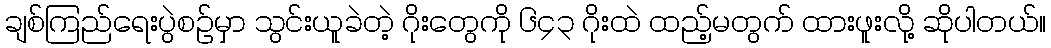
ချစ်ကြည်ရေးပွဲစဉ်မှာ သွင်းယူခဲတဲ့ ဂိုးတွေကို ၆၄၃ ဂိုးထဲ ထည့်မတွက် ထားဖူးလို့ ဆိုပါတယ်။